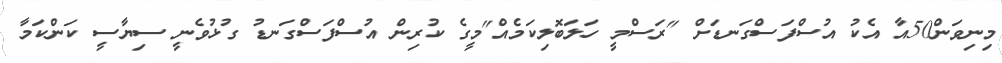
މިނިވަން50އާ އެކު އުސްފަސްގަނޑަށް "ރަސްމީ ހަލަބޮލިކަމެއް"މީގެ ކުރިން އުސްފަސްގަނޑު ގުޅުވެނީ ސިޔާސީ ކަންކަމާ